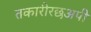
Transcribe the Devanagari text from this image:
तकारीरछअपी